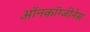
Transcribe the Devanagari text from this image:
ऑनकॉग्जीनेस